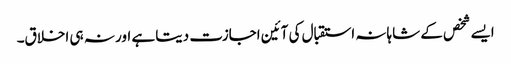
ایسے شخص کے شاہانہ استقبال کی آئین اجازت دیتا ہے اور نہ ہی اخلاق۔